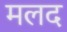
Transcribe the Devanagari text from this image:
मलद